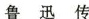
鲁迅传